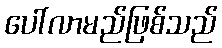
ပေါ်လာမည်ဖြစ်သည်